Report of the Hyderabad Chloroform Commission
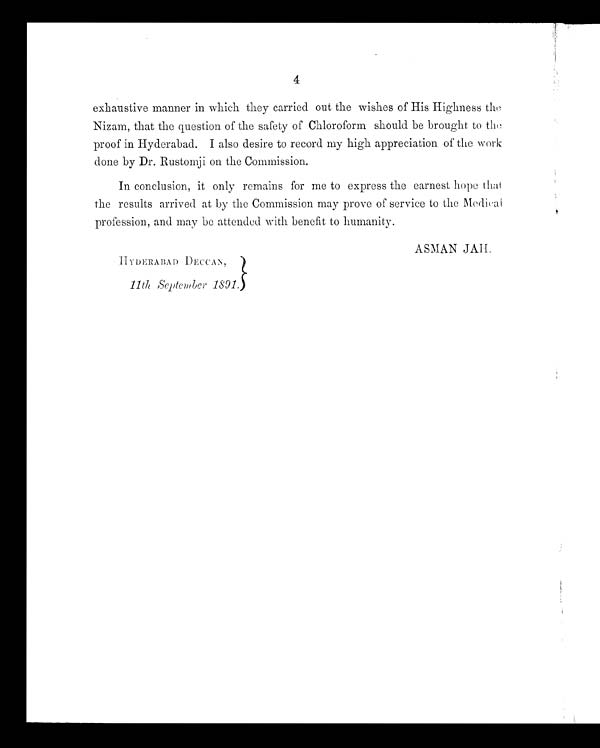
4
exhaustive manner in which they carried out the wishes of His Highness
the Nizam, that the question of the safety of Chloroform should be brought to the
proof in Hyderabad. I also desire to record my high appreciation of the work
done by Dr. Rustomji on the Commission.
In conclusion, it only remains for me to express the earnest hope that
the results arrived at by the Commission may prove of service to the Medical
profession, and may be attended with benefit to humanity.
ASIAN JAH,
HYDERABAD DECCAN,
11th September 1891.